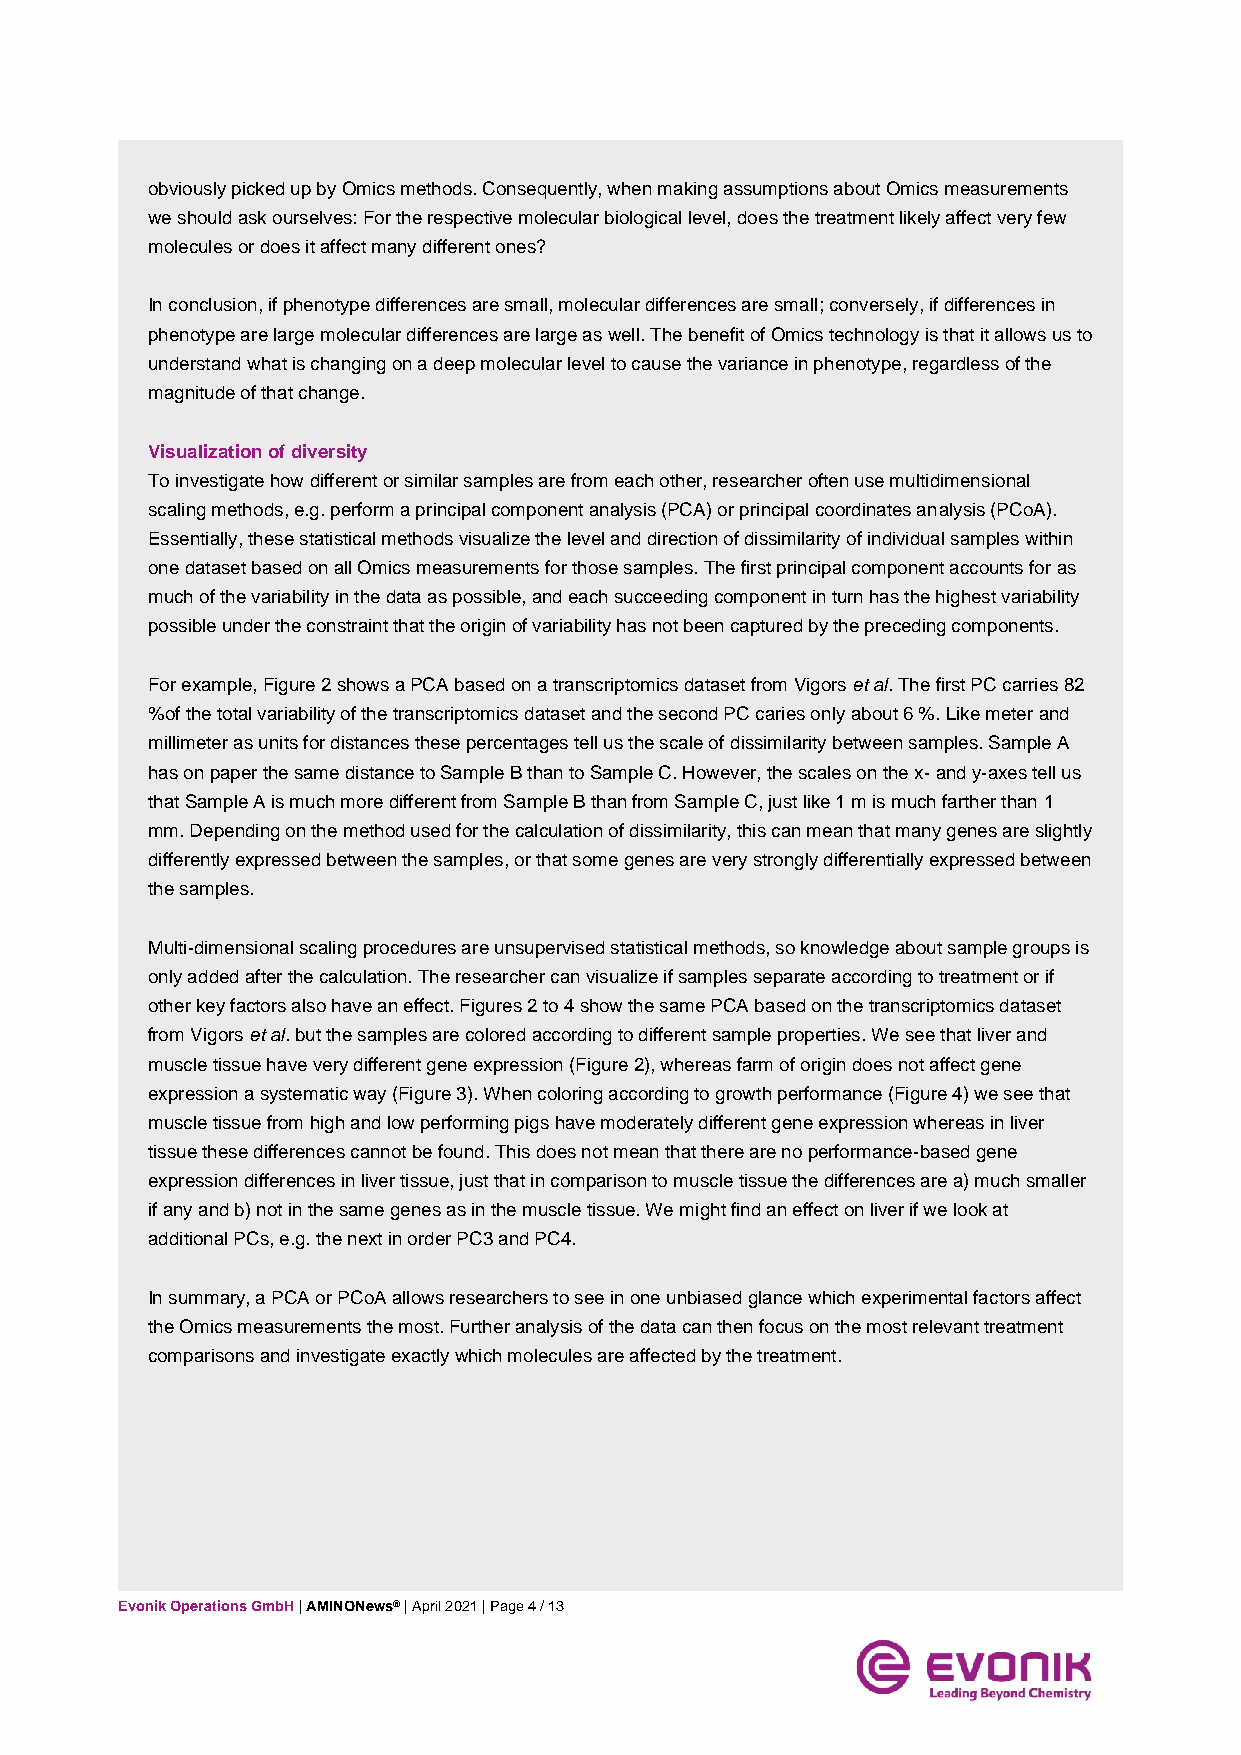
obviously picked up by Omics methods. Consequently, when making assumptions about Omics measurements
 we should ask ourselves: For the respective molecular biological level, does the treatment likely affect very few
 molecules or does it affect many different ones?
 In conclusion, if phenotype differences are small, molecular differences are small; conversely, if differences in
 phenotype are large molecular differences are large as well. The benefit of Omics technology is that it allows us to
 understand what is changing on a deep molecular level to cause the variance in phenotype, regardless of the
 magnitude of that change.
 Visualization of diversity
 To investigate how different or similar samples are from each other, researcher often use multidimensional
 scaling methods, e.g. perform a principal component analysis (PCA) or principal coordinates analysis (PCoA).
 Essentially, these statistical methods visualize the level and direction of dissimilarity of individual samples within
 one dataset based on all Omics measurements for those samples. The first principal component accounts for as
 much of the variability in the data as possible, and each succeeding component in turn has the highest variability
 possible under the constraint that the origin of variability has not been captured by the preceding components.
 For example, Figure 2 shows a PCA based on a transcriptomics dataset from Vigors et al. The first PC carries 82
 %of the total variability of the transcriptomics dataset and the second PC caries only about 6 %. Like meter and
 millimeter as units for distances these percentages tell us the scale of dissimilarity between samples. Sample A
 has on paper the same distance to Sample B than to Sample C. However, the scales on the x- and y-axes tell us
 that Sample A is much more different from Sample B than from Sample C, just like 1 m is much farther than 1
 mm. Depending on the method used for the calculation of dissimilarity, this can mean that many genes are slightly
 differently expressed between the samples, or that some genes are very strongly differentially expressed between
 the samples.
 Multi-dimensional scaling procedures are unsupervised statistical methods, so knowledge about sample groups is
 only added after the calculation. The researcher can visualize if samples separate according to treatment or if
 other key factors also have an effect. Figures 2 to 4 show the same PCA based on the transcriptomics dataset
 from Vigors et al. but the samples are colored according to different sample properties. We see that liver and
 muscle tissue have very different gene expression (Figure 2), whereas farm of origin does not affect gene
 expression a systematic way (Figure 3). When coloring according to growth performance (Figure 4) we see that
 muscle tissue from high and low performing pigs have moderately different gene expression whereas in liver
 tissue these differences cannot be found. This does not mean that there are no performance-based gene
 expression differences in liver tissue, just that in comparison to muscle tissue the differences are a) much smaller
 if any and b) not in the same genes as in the muscle tissue. We might find an effect on liver if we look at
 additional PCs, e.g. the next in order PC3 and PC4.
 In summary, a PCA or PCoA allows researchers to see in one unbiased glance which experimental factors affect
 the Omics measurements the most. Further analysis of the data can then focus on the most relevant treatment
 comparisons and investigate exactly which molecules are affected by the treatment.
 Evonik Operations GmbH | AMINONews® | April 2021 | Page 4 / 13